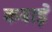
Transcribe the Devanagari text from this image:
कबाड़े